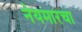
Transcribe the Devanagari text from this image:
नेयमारचा